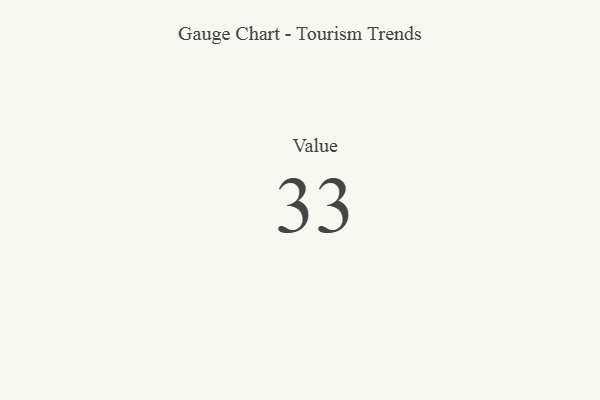
{"axis": {"x": "Metric", "y": "Value"}, "legend": [""], "data": [{"x": "Value", "y": 33, "type": ""}]}